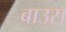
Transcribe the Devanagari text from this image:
बाउस